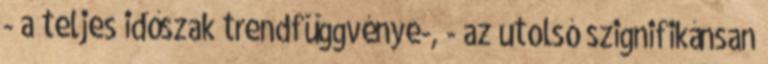
- a teljes időszak trendfüggvénye-, - az utolsó szignifikánsan